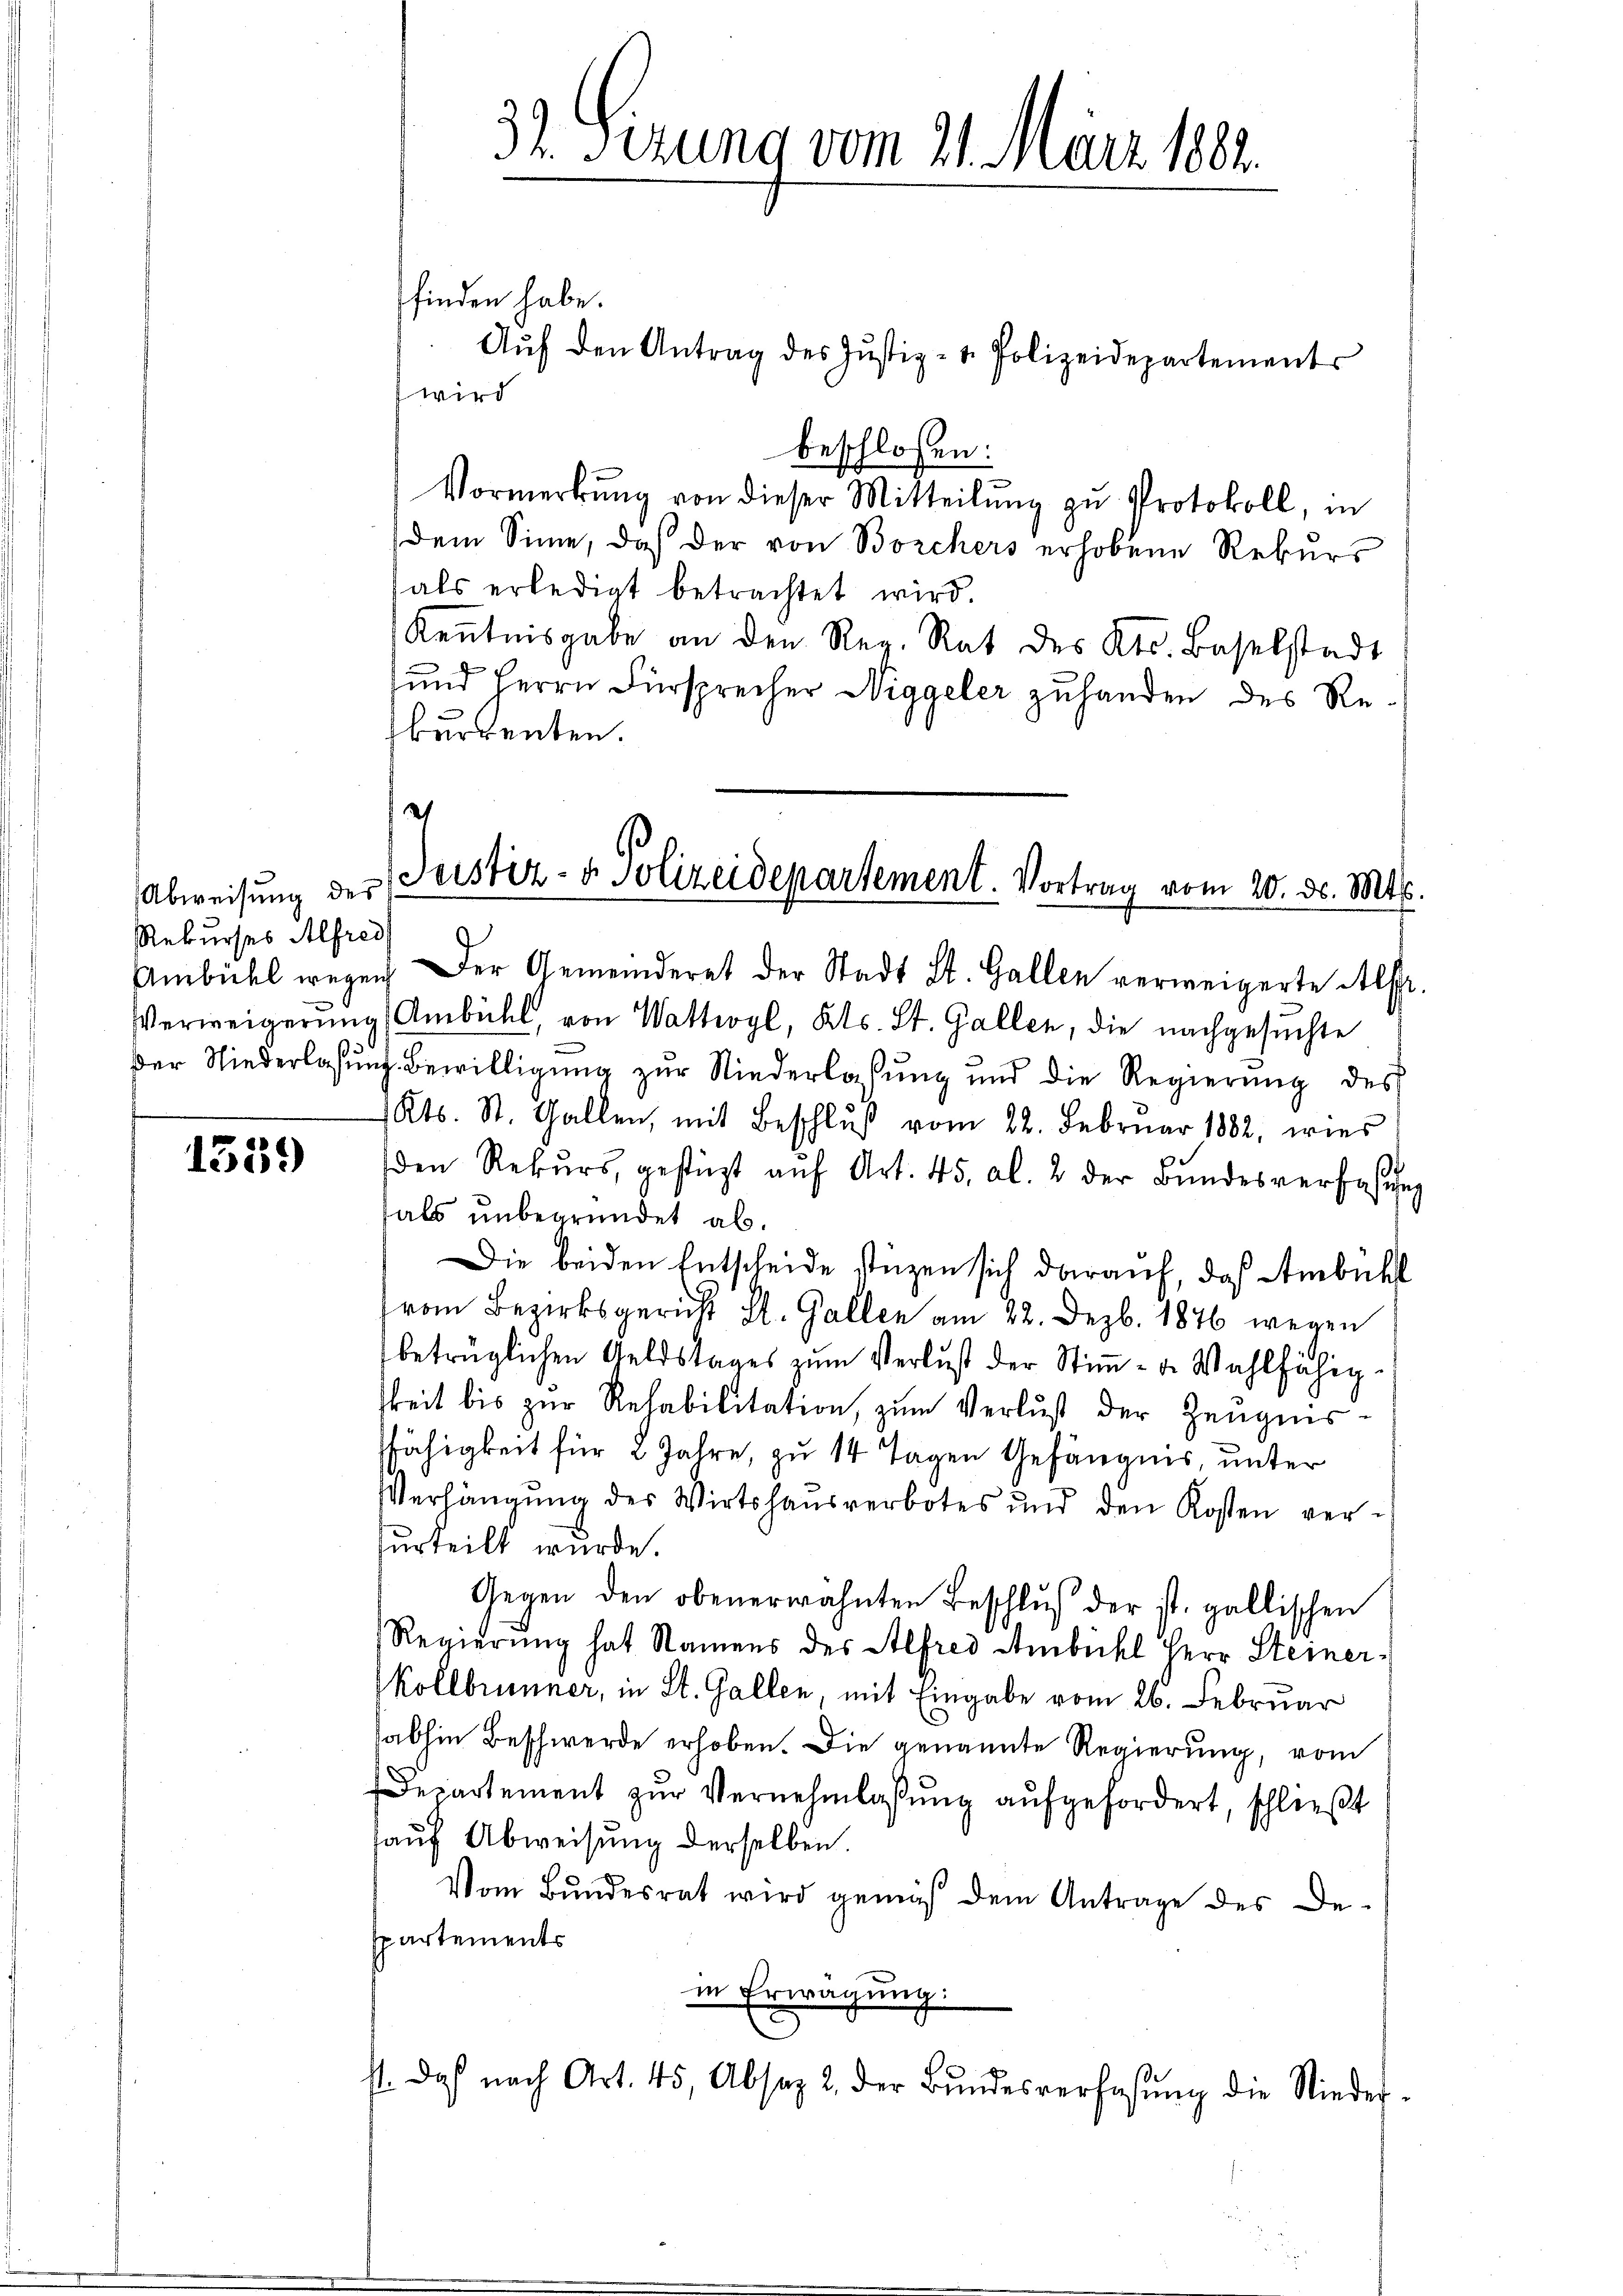
Abweisung des
Rekurses Alfred

1359

finden habe.
Aŭf den Antrag des Jŭstiz- u. Polizeidepartements
wird
beschlossen:
Vormerkŭng von dieser Mitteilŭng zŭ Protokoll, in
dem Sinne, daß der von Borchers erhobene Rekŭrs
als erledigt betrachtet wird.
Kenntnisgabe an den Reg. Rat des Kts. Baselstadt
und Herrn Fürsprecher Niggeler zuhanden des Reburrenten.
e

32. Sizung vom 21. März 182.

Justiz- & Polizeidepartement. Vortrag vom 20. ds. Mts.

Ambühl wegen. Der Gemeinderet der Stadt St. Gallen verweigerte Alfr.
Verweigerŭng Ambühl, von Wattwyl, Kts. St. Gallen, die nachgesuchte
Der Niederlassung bewilligung zur Niederlassung und die Regierung des
1 Kts. St. Gallen, mit Beschlŭβ vom 22. Februar 1882, wies
den Rekŭrs gestützt aŭf Art. 45, Al. 2 der Bŭndesverfassŭng
als unbegründet ab.
Die beiden Entscheide stüzen sich darauf, daß Ambühl
vom Bezirksgericht St. Gallen am 22. Dezb. 1876 wegen
betrüglichen Geldstages zum Verlust der Stimm- u. Wahlfähig-
keit bis zŭr Rehabilitation, zum Verlust der Zeugnis-
fähigkeit für 2 Jahre, zu 14 Tagen Gefängnis, unter
Verhängung der Wirtshausverbotes und den Kosten verurteilt wurde.
Gegen den obenerwähnten Beschluß der ist. gallischen
Regierung hat Namens des Alfred Ambichl Herr Steiner-
Kollbrunner, in St. Gallen, mit Eingabe vom 26. Februar
abhin Beschwerde erhoben. Die genannte Regierung, vom
Departement zŭr Vernehmlassŭng aŭfgefordert, schließt
auf Abweisung derselben.
Vom Bundesrat wird gemäß dem Antrage des De-
spartements
in Erwägung:
2
st. Doch nach Art. 45, Absatz 2 der Bŭndesverfasŭng die Nieder-